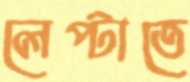
লেপ্‌টাতে